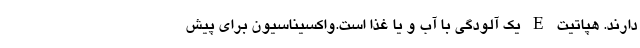
دارند. هپاتیت E یک آلودگی با آب و یا غذا است.واکسیناسیون برای پیش